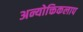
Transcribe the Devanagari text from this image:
अन्योक्तिकलाप